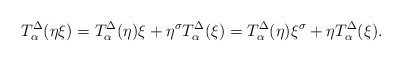
\begin{align*} T^{\Delta}_{\alpha}(\eta \xi)= T^{\Delta}_{\alpha}(\eta)\xi +\eta^{\sigma} T^{\Delta}_{\alpha} (\xi)=T^{\Delta}_{\alpha}(\eta)\xi^{\sigma} +\eta T^{\Delta}_{\alpha} (\xi).\end{align*}